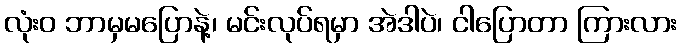
လုံးဝ ဘာမှမပြောနဲ့၊ မင်းလုပ်ရမှာ အဲဒါပဲ၊ ငါပြောတာ ကြားလား